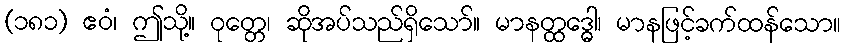
(၁၈၁) ဧဝံ၊ ဤသို့။ ဝုတ္တေ၊ ဆိုအပ်သည်ရှိသော်။ မာနတ္ထဒ္ဓေါ၊ မာနဖြင့်ခက်ထန်သော။